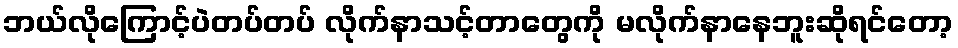
ဘယ်လိုကြောင့်ပဲတပ်တပ် လိုက်နာသင့်တာတွေကို မလိုက်နာနေဘူးဆိုရင်တော့